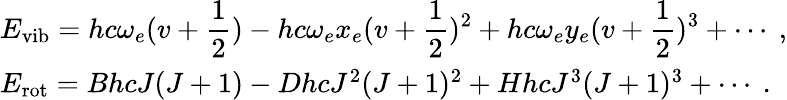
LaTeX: \begin{array}{l}{{E_{\mathrm{vib}}=\displaystyle hc\omega_{e}(v+{\frac{1}{2}})-hc\omega_{e}x_{e}(v+{\frac{1}{2}})^{2}+hc\omega_{e}y_{e}(v+{\frac{1}{2}})^{3}+\cdots~,}}\\ {{E_{\mathrm{rot}}=BhcJ(J+1)-DhcJ^{2}(J+1)^{2}+HhcJ^{3}(J+1)^{3}+\cdots~.}}\end{array}